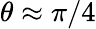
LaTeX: \theta\approx\pi/4